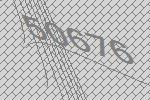
50676